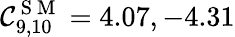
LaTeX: \mathcal{C}_{9,10}^{\mathrm{{~S~M~}}}=4.07,-4.31